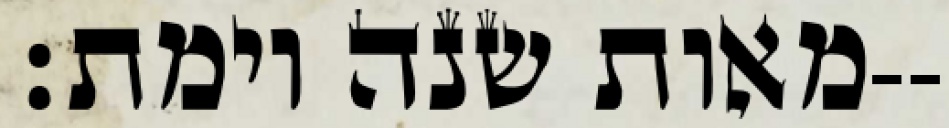
מאות שנה וימת׃--